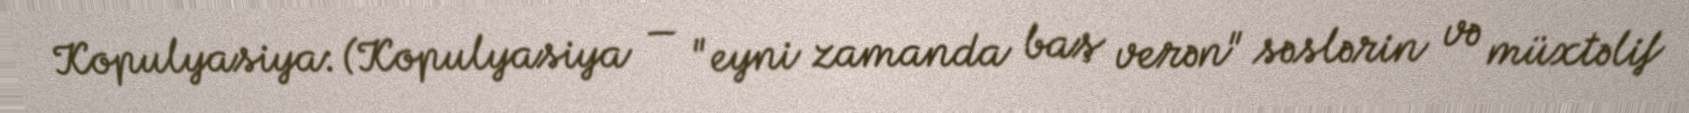
Kopulyasiya: (Kopulyasiya — "eyni zamanda baş verən" səslərin və müxtəlif